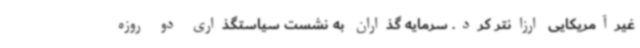
غیرآمریکایی ارزانتر کرد. سرمایه گذاران به نشست سیاستگذاری دو روزه